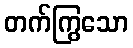
တက်ကြွသော